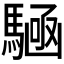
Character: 𮪔